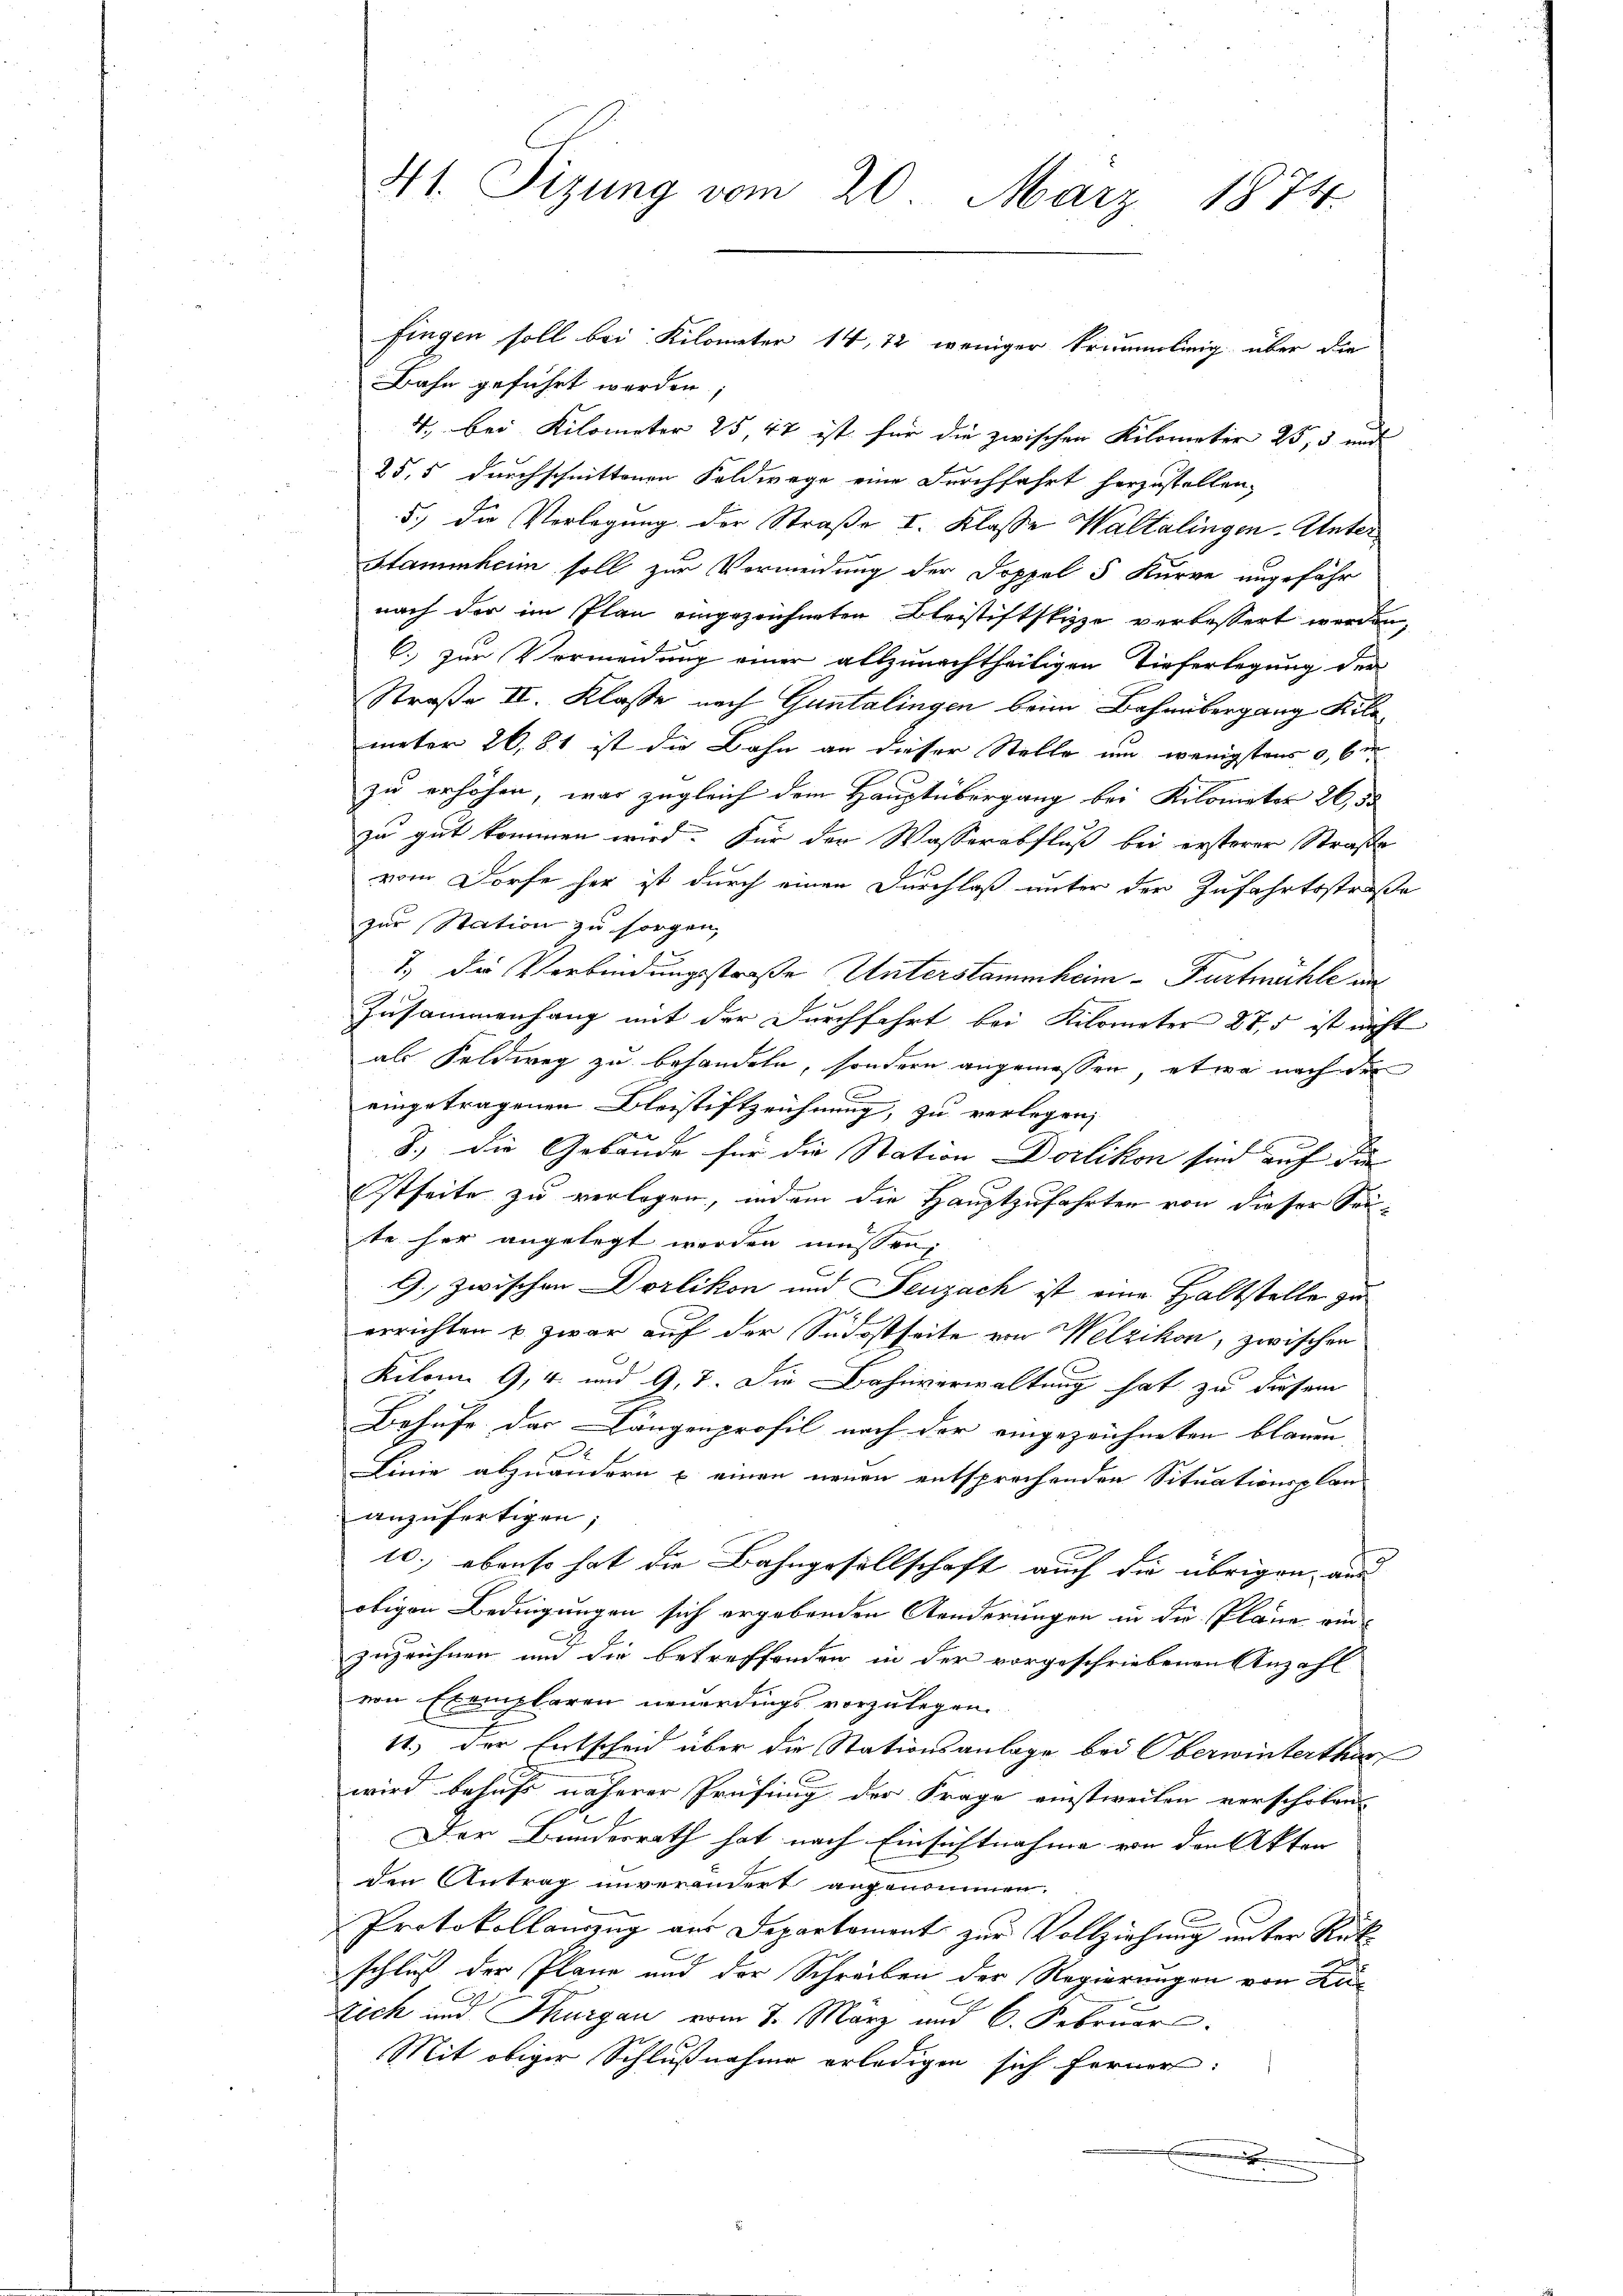
41. Sizung vom 20. März 1874.

Bahn geführt worden
4. bei Kilometer 25, 47 ist für die zwischen Kilometer 25, 3 und
25,5 durchschnittenen Feldwege eine Durchfahrt herzustellen,
5.) Die Verlegung der Straße I. Klasse Waltalingen-Unter¬
Stammheim soll zur Vermeidung der Doppel 5 Kurve ungefähr
nach der im Plan eingezeichneten Bleistiftstizze verbessert werden,
C.) zur Vermeidung einer allzunachtheiligen Tieferlegung der
Straße II. Klasse nach Guntalingen beim Bahnübergang Kilometer 26. 81 ist die Bahn an dieser Stelle um wenigstens 0, be
zu erhöhen, was zugleich dem Hauptübergang bei Kilometer 26,50
zu gut kommen wird. Für der Wasserabfluß bei ersterer Straße
vom Dorfe her ist durch einen Durchlaß unter der Zufahrtsstraße
zur Station zu sorgen,
7.) Die Verbindungsstraße Unterstammheim - Furtmühle an
Zusammenhang mit der Durchfahrt bei Kilometer 27,5 ist nicht
als Feldweg zu behandeln, sondern angemessen, etwa nach der
eingetragenen Bleistiftzeichnung, zu verlegen,

8.) Die Gebäude für die Station Dorlikon sind auf die
Itseite zu verlogen, indem die Hauptzufahrten von dieser Soute her angelegt werden müssen,
G. zwischen Dorlikon und Seuzach ist eine Haltstelle zu
errichten u. zwar auf der Südostseite von Welzikon, zwischen
Kilon 9,4 und 9. 7. Die Bahnverwaltung hat zu diesem
Behufe der Längenprofil nach der eingezeichneten blauen
.
Linie abzuändern u. einen neuen entsprechenden Situationsplan
anzufertigen;
10., ebenso hat die Bahngesellschaft auch die übrigen aus
obigen Bedingungen sich ergebenden Aenderungen in die Pläne einzugrühren und die betreffenden in der vorgeschriebenen Anzahl
von Exemplaren neuerdings vorzulegen.
41.) Der Entscheid über die Stationsanlage bei Oberwinterthur
wird behufs näherer Prüfung der Frage einstweilen verschoben
Der Bundesrath hat nach Einsichtnahme von den Akten
den Antrag unverändert angenommen.
Protokollanzug aus Departement zur Vollziehung unter Rüt
schluß der Plane und der Schreiben der Regierungen von Zu¬
Dich und Thurgau vom 7. März und 6. Februar
Mit obiger Schlußnahme erledigen sich ferner:
.

fingen soll bei Kilometer 14, 12 weniger krummling über die